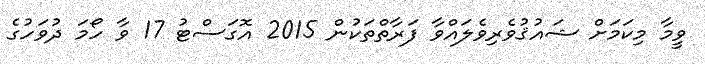
ވީމާ މިކަމަށް ޝައުޤުވެރިވެލައްވާ ފަރާތްތަކުން 2015 އޮގަސްޓު 17 ވާ ހޯމަ ދުވަހުގެ